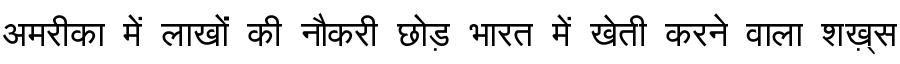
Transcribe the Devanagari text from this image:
अमरीका में लाखों की नौकरी छोड़ भारत में खेती करने वाला शख़्स